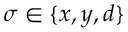
\sigma \in \lbrace x , y , d \rbrace